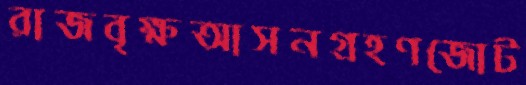
রাজবৃক্ষআসনগ্রহণজোট